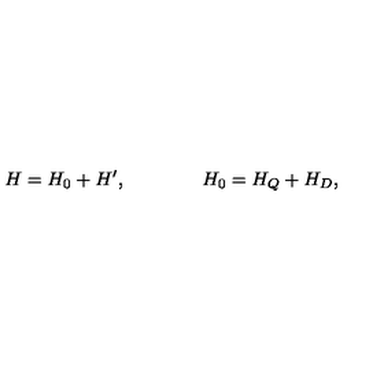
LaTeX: H = H _ { 0 } + H ^ { \prime } , \qquad \qquad H _ { 0 } = H _ { Q } + H _ { D } ,